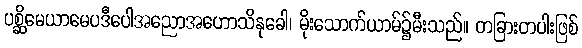
ပစ္ဆိမေယာမေပဒီပေါအညောအဟောသိနုခေါ၊ မိုးသောက်ယာမ်၌မီးသည်။ တခြားတပါးဖြစ်